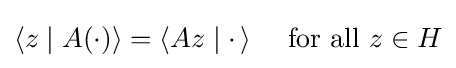
\langle z\mid A(\cdot )\rangle =\langle Az\mid \cdot \,\rangle \quad {\text{ for all }}z\in H